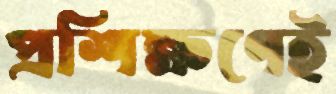
প্রশিক্ষণেই